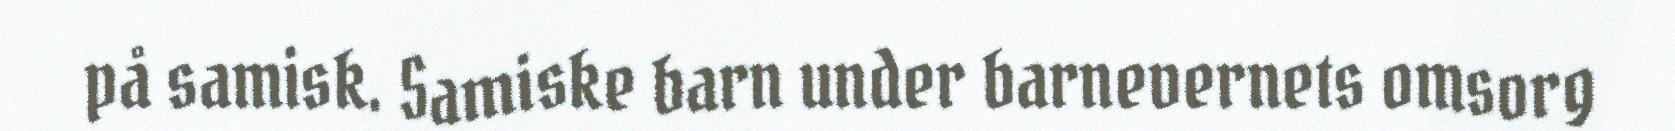
på samisk. Samiske barn under barnevernets omsorg